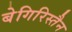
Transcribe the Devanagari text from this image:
बेगिरिस्तैन